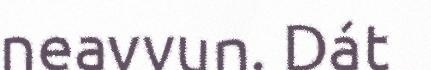
neavvun. Dát